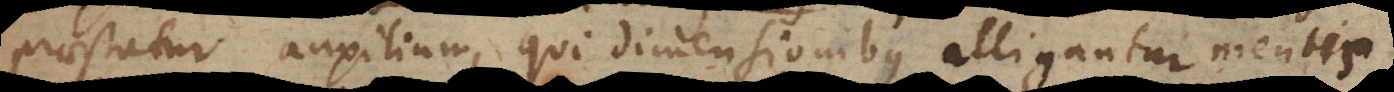
praestatur auxilium, qui dimensionibus alligantur, mentis